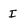
Character: I